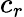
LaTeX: c_{r}